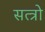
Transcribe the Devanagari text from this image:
सत्त्रो